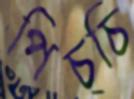
পিচ্চি